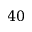
4 0